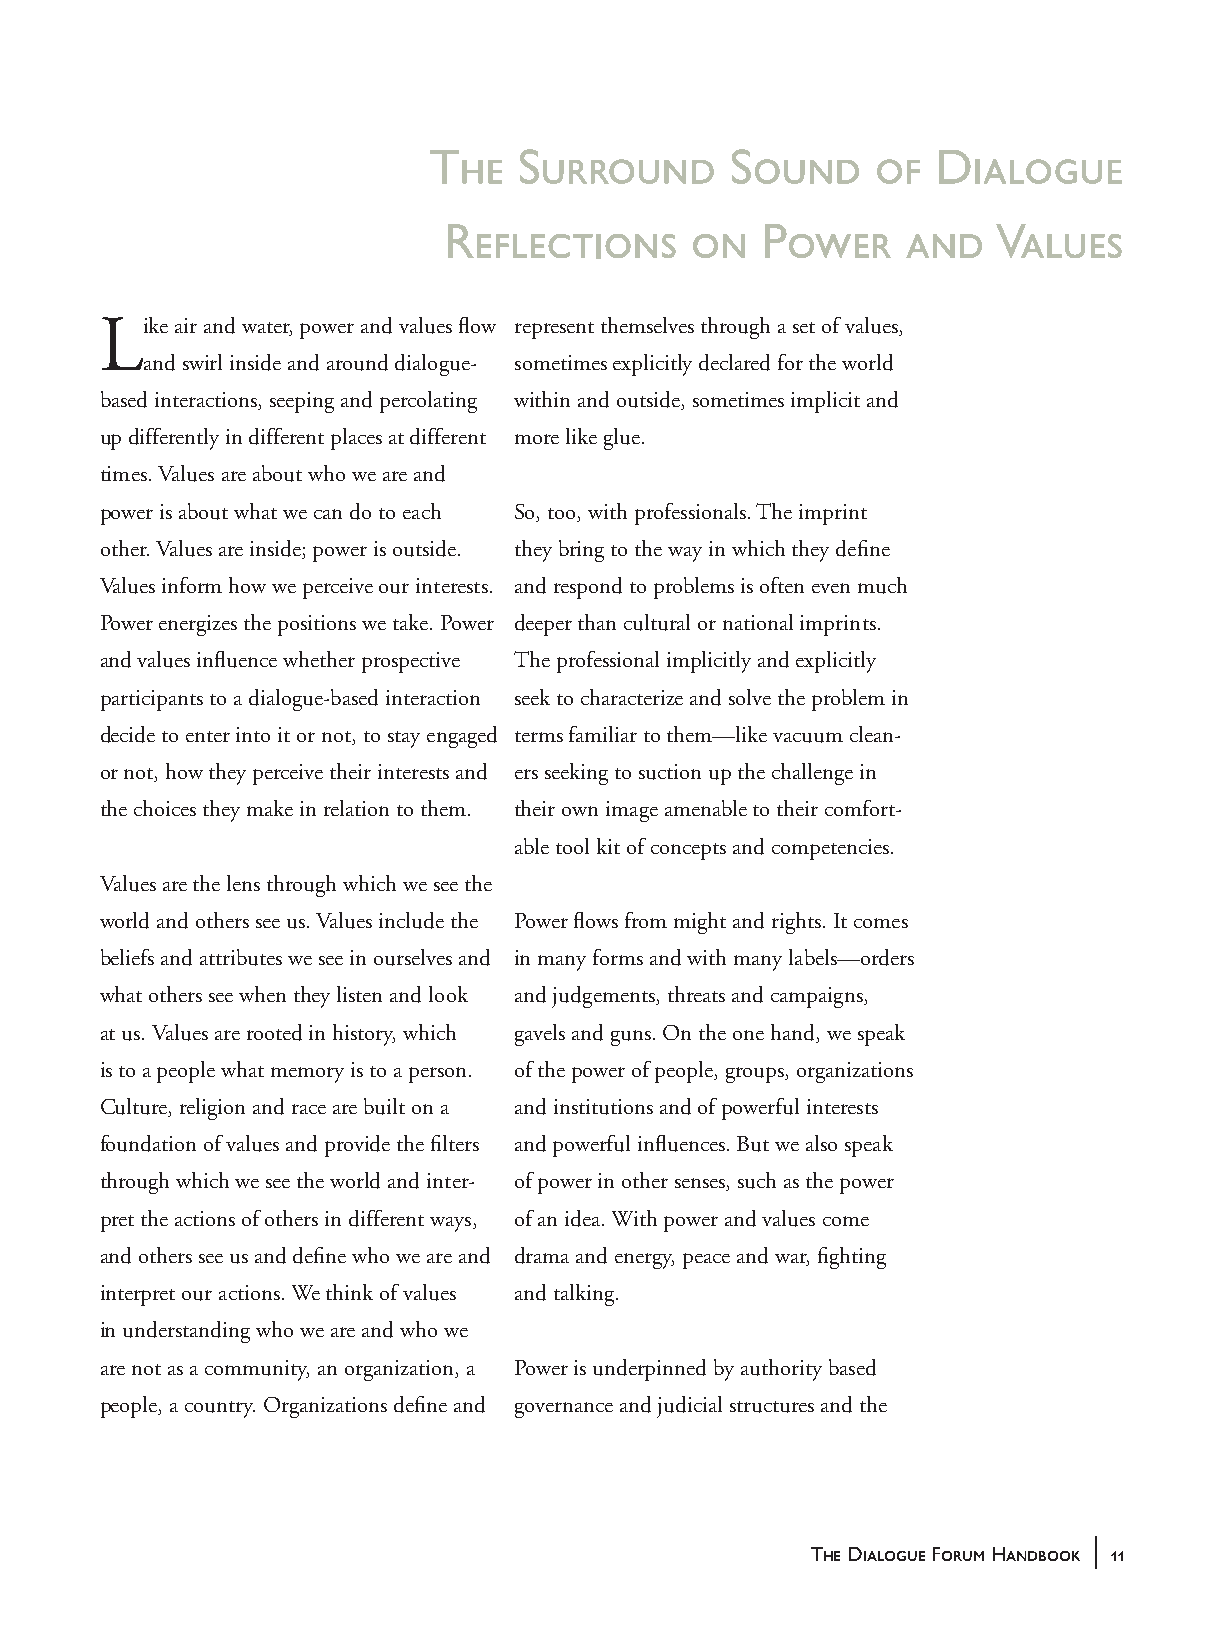
The   Surround      Sound     of  Dialogue
 Reflections     on   Power     and   Values
 Like air and water, power and values flow represent themselves through a set of values,
 and swirl inside and around dialogue- sometimes explicitly declared for the world
 based interactions, seeping and percolating within and outside, sometimes implicit and
 up differently in different places at different more like glue.
 times. Values are about who we are and
 power is about what we can do to each So, too, with professionals. The imprint
 other. Values are inside; power is outside. they bring to the way in which they define
 Values inform how we perceive our interests. and respond to problems is often even much
 Power energizes the positions we take. Power deeper than cultural or national imprints.
 and values influence whether prospective The professional implicitly and explicitly
 participants to a dialogue-based interaction seek to characterize and solve the problem in
 decide to enter into it or not, to stay engaged terms familiar to them—like vacuum clean-
 or not, how they perceive their interests and ers seeking to suction up the challenge in
 the choices they make in relation to them. their own image amenable to their comfort-
 able tool kit of concepts and competencies.
 Values are the lens through which we see the
 world and others see us. Values include the Power flows from might and rights. It comes
 beliefs and attributes we see in ourselves and in many forms and with many labels—orders
 what others see when they listen and look and judgements, threats and campaigns,
 at us. Values are rooted in history, which gavels and guns. On the one hand, we speak
 is to a people what memory is to a person. of the power of people, groups, organizations
 Culture, religion and race are built on a and institutions and of powerful interests
 foundation of values and provide the filters and powerful influences. But we also speak
 through which we see the world and inter- of power in other senses, such as the power
 pret the actions of others in different ways, of an idea. With power and values come
 and others see us and define who we are and drama and energy, peace and war, fighting
 interpret our actions. We think of values and talking.
 in understanding who we are and who we
 are not as a community, an organization, a Power is underpinned by authority based
 people, a country. Organizations define and governance and judicial structures and the
 |
 The Dialogue Forum Handbook 11
 handbook_web         11                             5/30/04, 4:37 PM